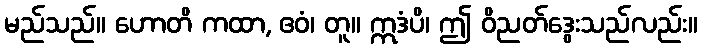
မည်သည်။ ဟောတိ ကထာ, ဧဝံ၊ တူ။ ဣဒံပိ၊ ဤ ဝိညတ်ဒွေးသည်လည်း။